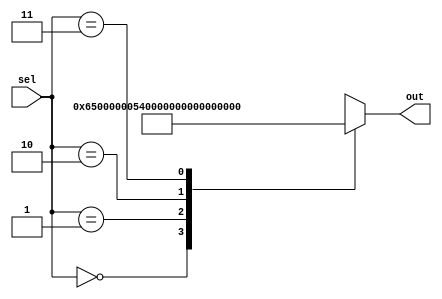
module rom25
    #(parameter SIZE=32)
    (
    input [1:0] sel,
    output reg [SIZE-1:0] out
    );
    
    always @(sel) begin
    case (sel)
        0: out = 32'h00000065;
        1: out = 32'h00000054;
        2: out = 32'h00000040;
        3: out = 32'h00000082;
    endcase
    end
endmodule